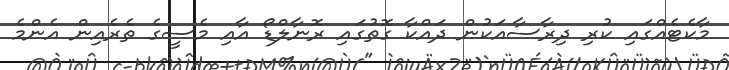
މާކެޓެއްގައި ކުރި ދިރާސާއަކުން ދައްކާ ގޮތުގައި ރޮނާލްޑޯ އާއި މެސީގެ ތެރެއިން އެންމެ